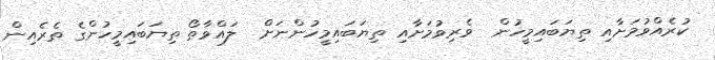
ކުރެއްވުމަށާއި ތިޔަބައިމީހުން  ވެރިވުމަށާއި ތިޔަބައިމީހުންނަށް  ލައްވާތޯ ތިޔަބައިމީހުންގެ ތެެރެއިން